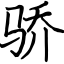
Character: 骄